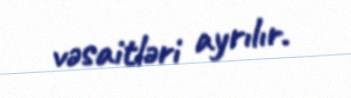
vəsaitləri ayrılır.